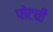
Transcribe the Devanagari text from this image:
पोटची